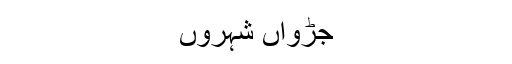
جڑواں شہروں